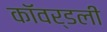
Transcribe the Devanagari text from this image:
कॉवर्डली